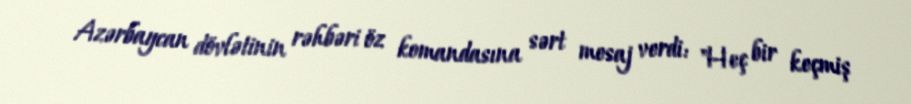
Azərbaycan dövlətinin rəhbəri öz komandasına sərt mesaj verdi: "Heç bir keçmiş